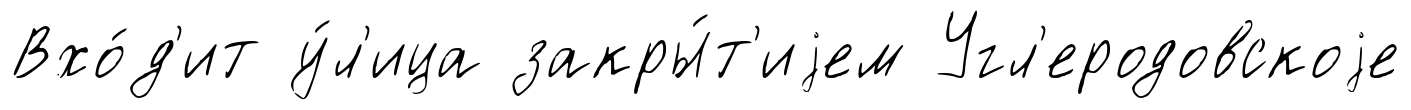
Вхо́д'ит у́л'ица закры́т'иjем Угл'еродовскоjе